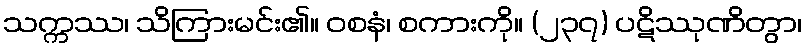
သက္ကဿ၊ သိကြားမင်း၏။ ဝစနံ၊ စကားကို။ (၂၃၇) ပဋိဿုဏိတွာ၊